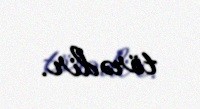
törədir.